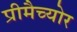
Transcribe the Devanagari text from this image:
प्रीमैच्योर